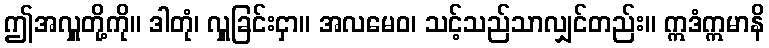
ဤအလှူတို့ကို။ ဒါတုံ၊ လှူခြင်းငှာ။ အလမေဝ၊ သင့်သည်သာလျှင်တည်း။ ဣဒံဣမာနိ